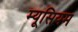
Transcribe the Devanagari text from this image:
म्यूसियम